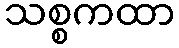
သစ္စကထာ